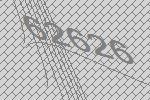
62626